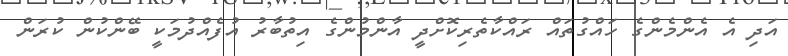
އަދި އެ އެންމެންގެ ހައްގުތައް ރައްކާތެރިކޮށްދީ އާންމުންގެ އިތުބާރު އުފެއްދުމަކީ ބޭންކުން ކުރަން